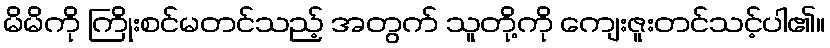
မိမိကို ကြိုးစင်မတင်သည့် အတွက် သူတို့ကို ကျေးဇူးတင်သင့်ပါ၏။